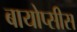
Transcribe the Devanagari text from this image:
बायोप्सीस